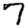
Digit: 7